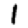
Digit: 1